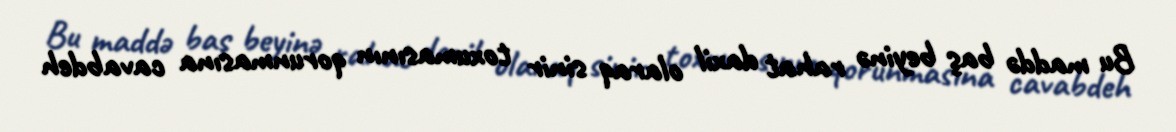
Bu maddə baş beyinə rahat daxil olaraq sinir toxumasının qorunmasına cavabdeh